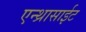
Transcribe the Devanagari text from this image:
एन्थ्रासाईट